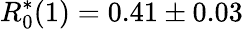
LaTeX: R_{0}^{*}(1)=0.41\pm 0.03